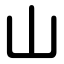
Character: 山